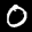
Label: 0